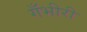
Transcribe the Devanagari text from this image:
गँभीरी